Perekond_Nolcken, lk 2
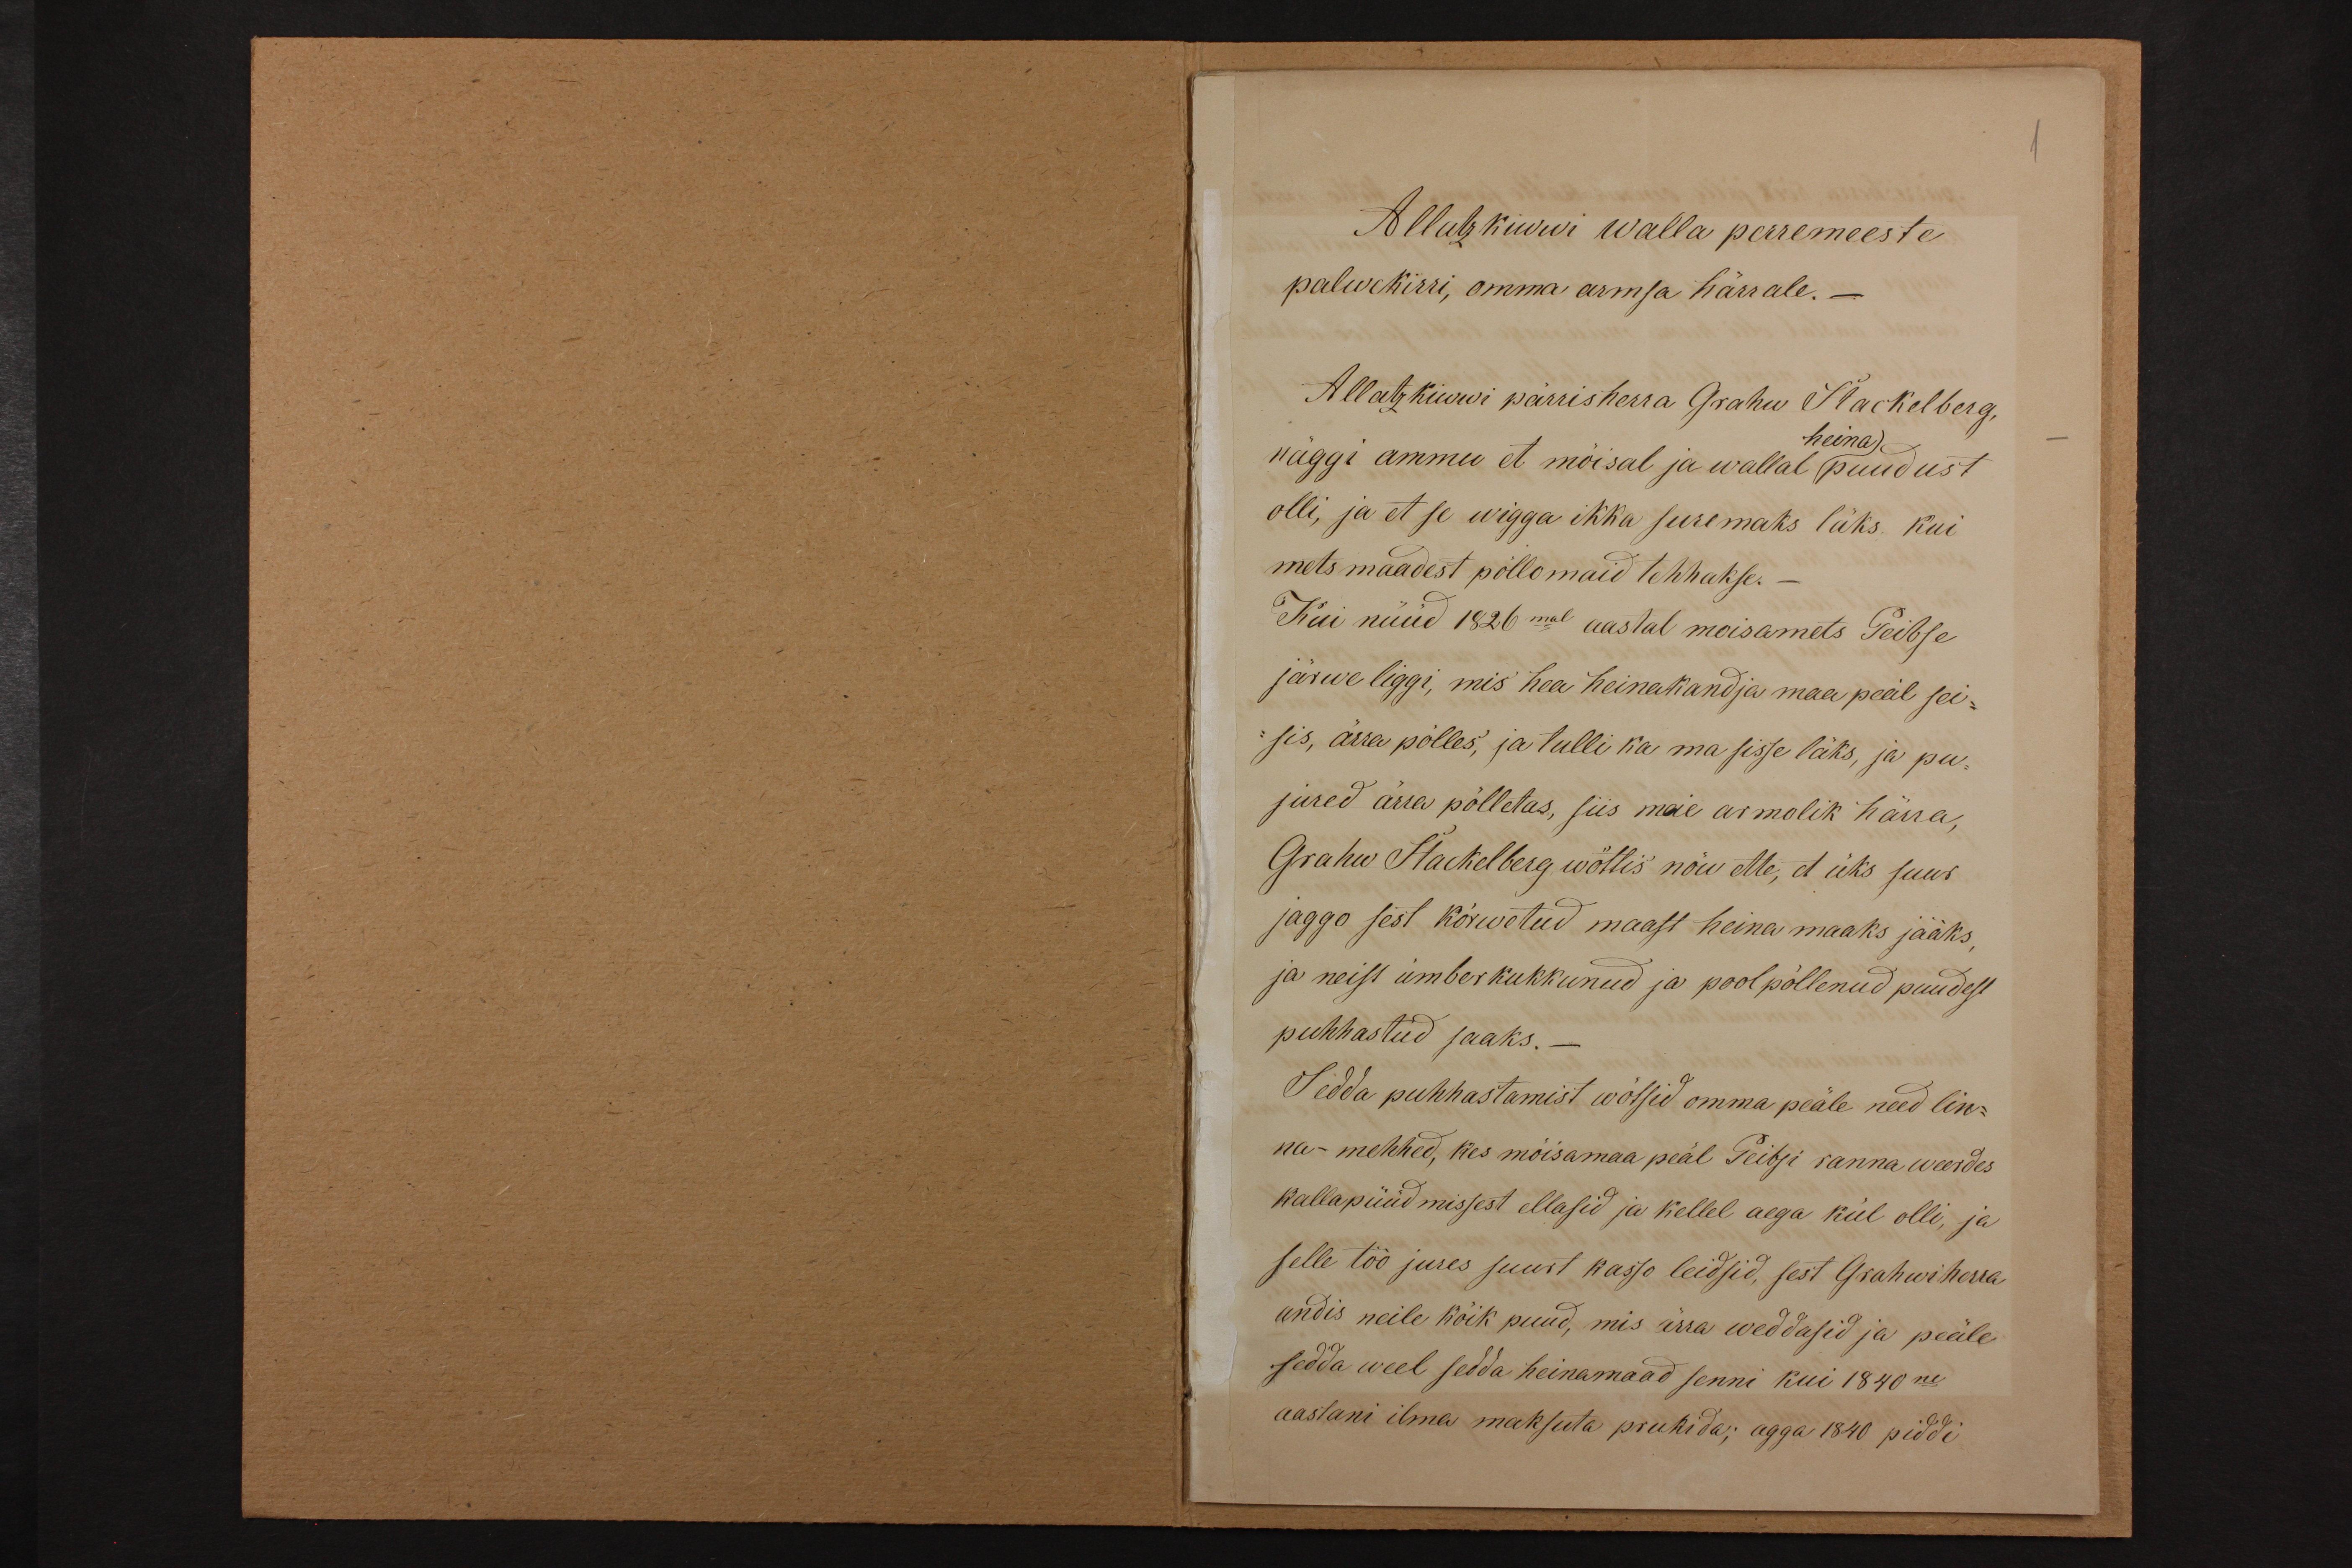
1
Allatzkiwwi walla perremeeste
palwekirri, omma armsa härrale._
Allatzkiwwi pärrisherra Grahw Stackelberg,
heina).
näggi ammu et mõisal ja wallal puudust
olli, ja et se wigga ikka suremaks läks kui
mets maadest põllomaid tehhakse.
Kui nüüd 1826mal aastal moisamets Peibse
järwe liggi, mis hea heinakandja maa peäl sei-
sis, ärra põlles, ja tulli ka ma sisse läks, ja pu-
jured ärra põlletas, siis meie armolik härra,
Grahw Stackelberg wöttis nõu ette, et üks suur
jaggo sest kõrwetud maast heina maaks jääks,
ja neist ümberkukkunud ja pool põllenud puudest
puhhastud saaks._
Sedda puhhastamist wõtsid omma peäle need lin-
na- mehhed, kes mõisamaa peäl Peibsi ranna weerdes
kallapüüdmissest ellasid ja kellel aega kül olli, ja
selle töö jures suurt kasso leidsid, sest Grahwiherra
andis neile kõik puud, mis ärra weddasid ja peäle
sedda weel sedda heinamaad senni kui 1840ne
aastani ilma maksuta prukida; agga 1840 piddi